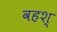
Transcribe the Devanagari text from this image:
वहश्